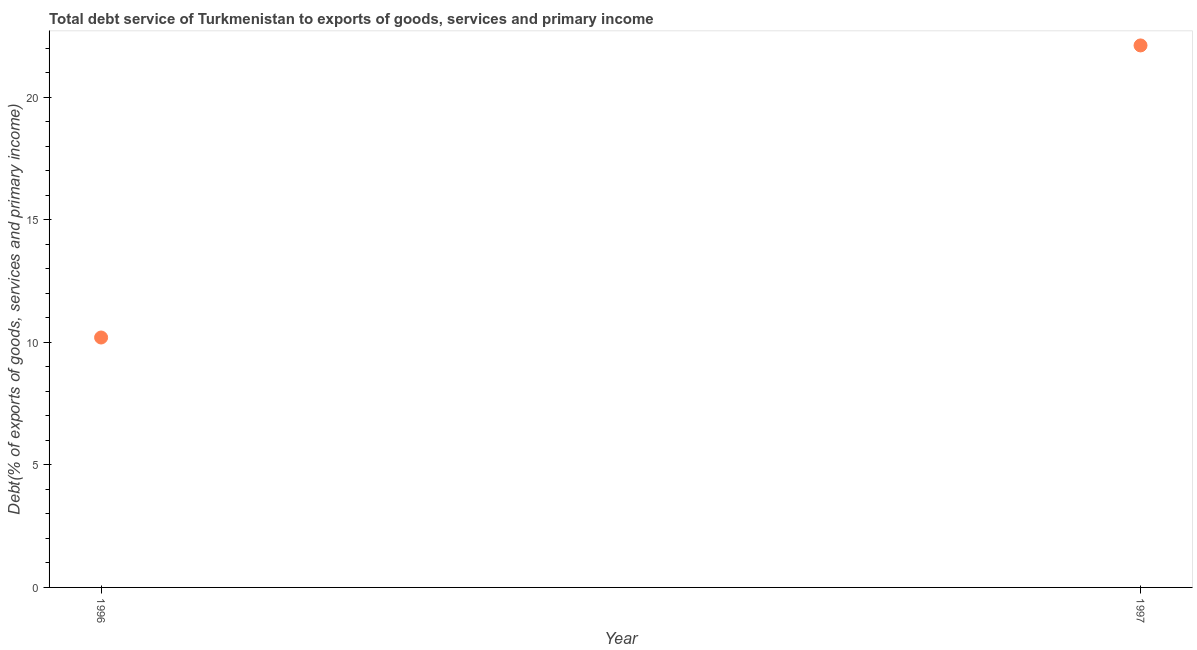
| Year | Total debt service |
 | --- | --- |
 | 1996 | 10.2 |
 | 1997 | 22.1 |